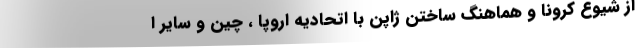
از شیوع کرونا و هماهنگ ساختن ژاپن با اتحادیه اروپا ، چین و سایر ا